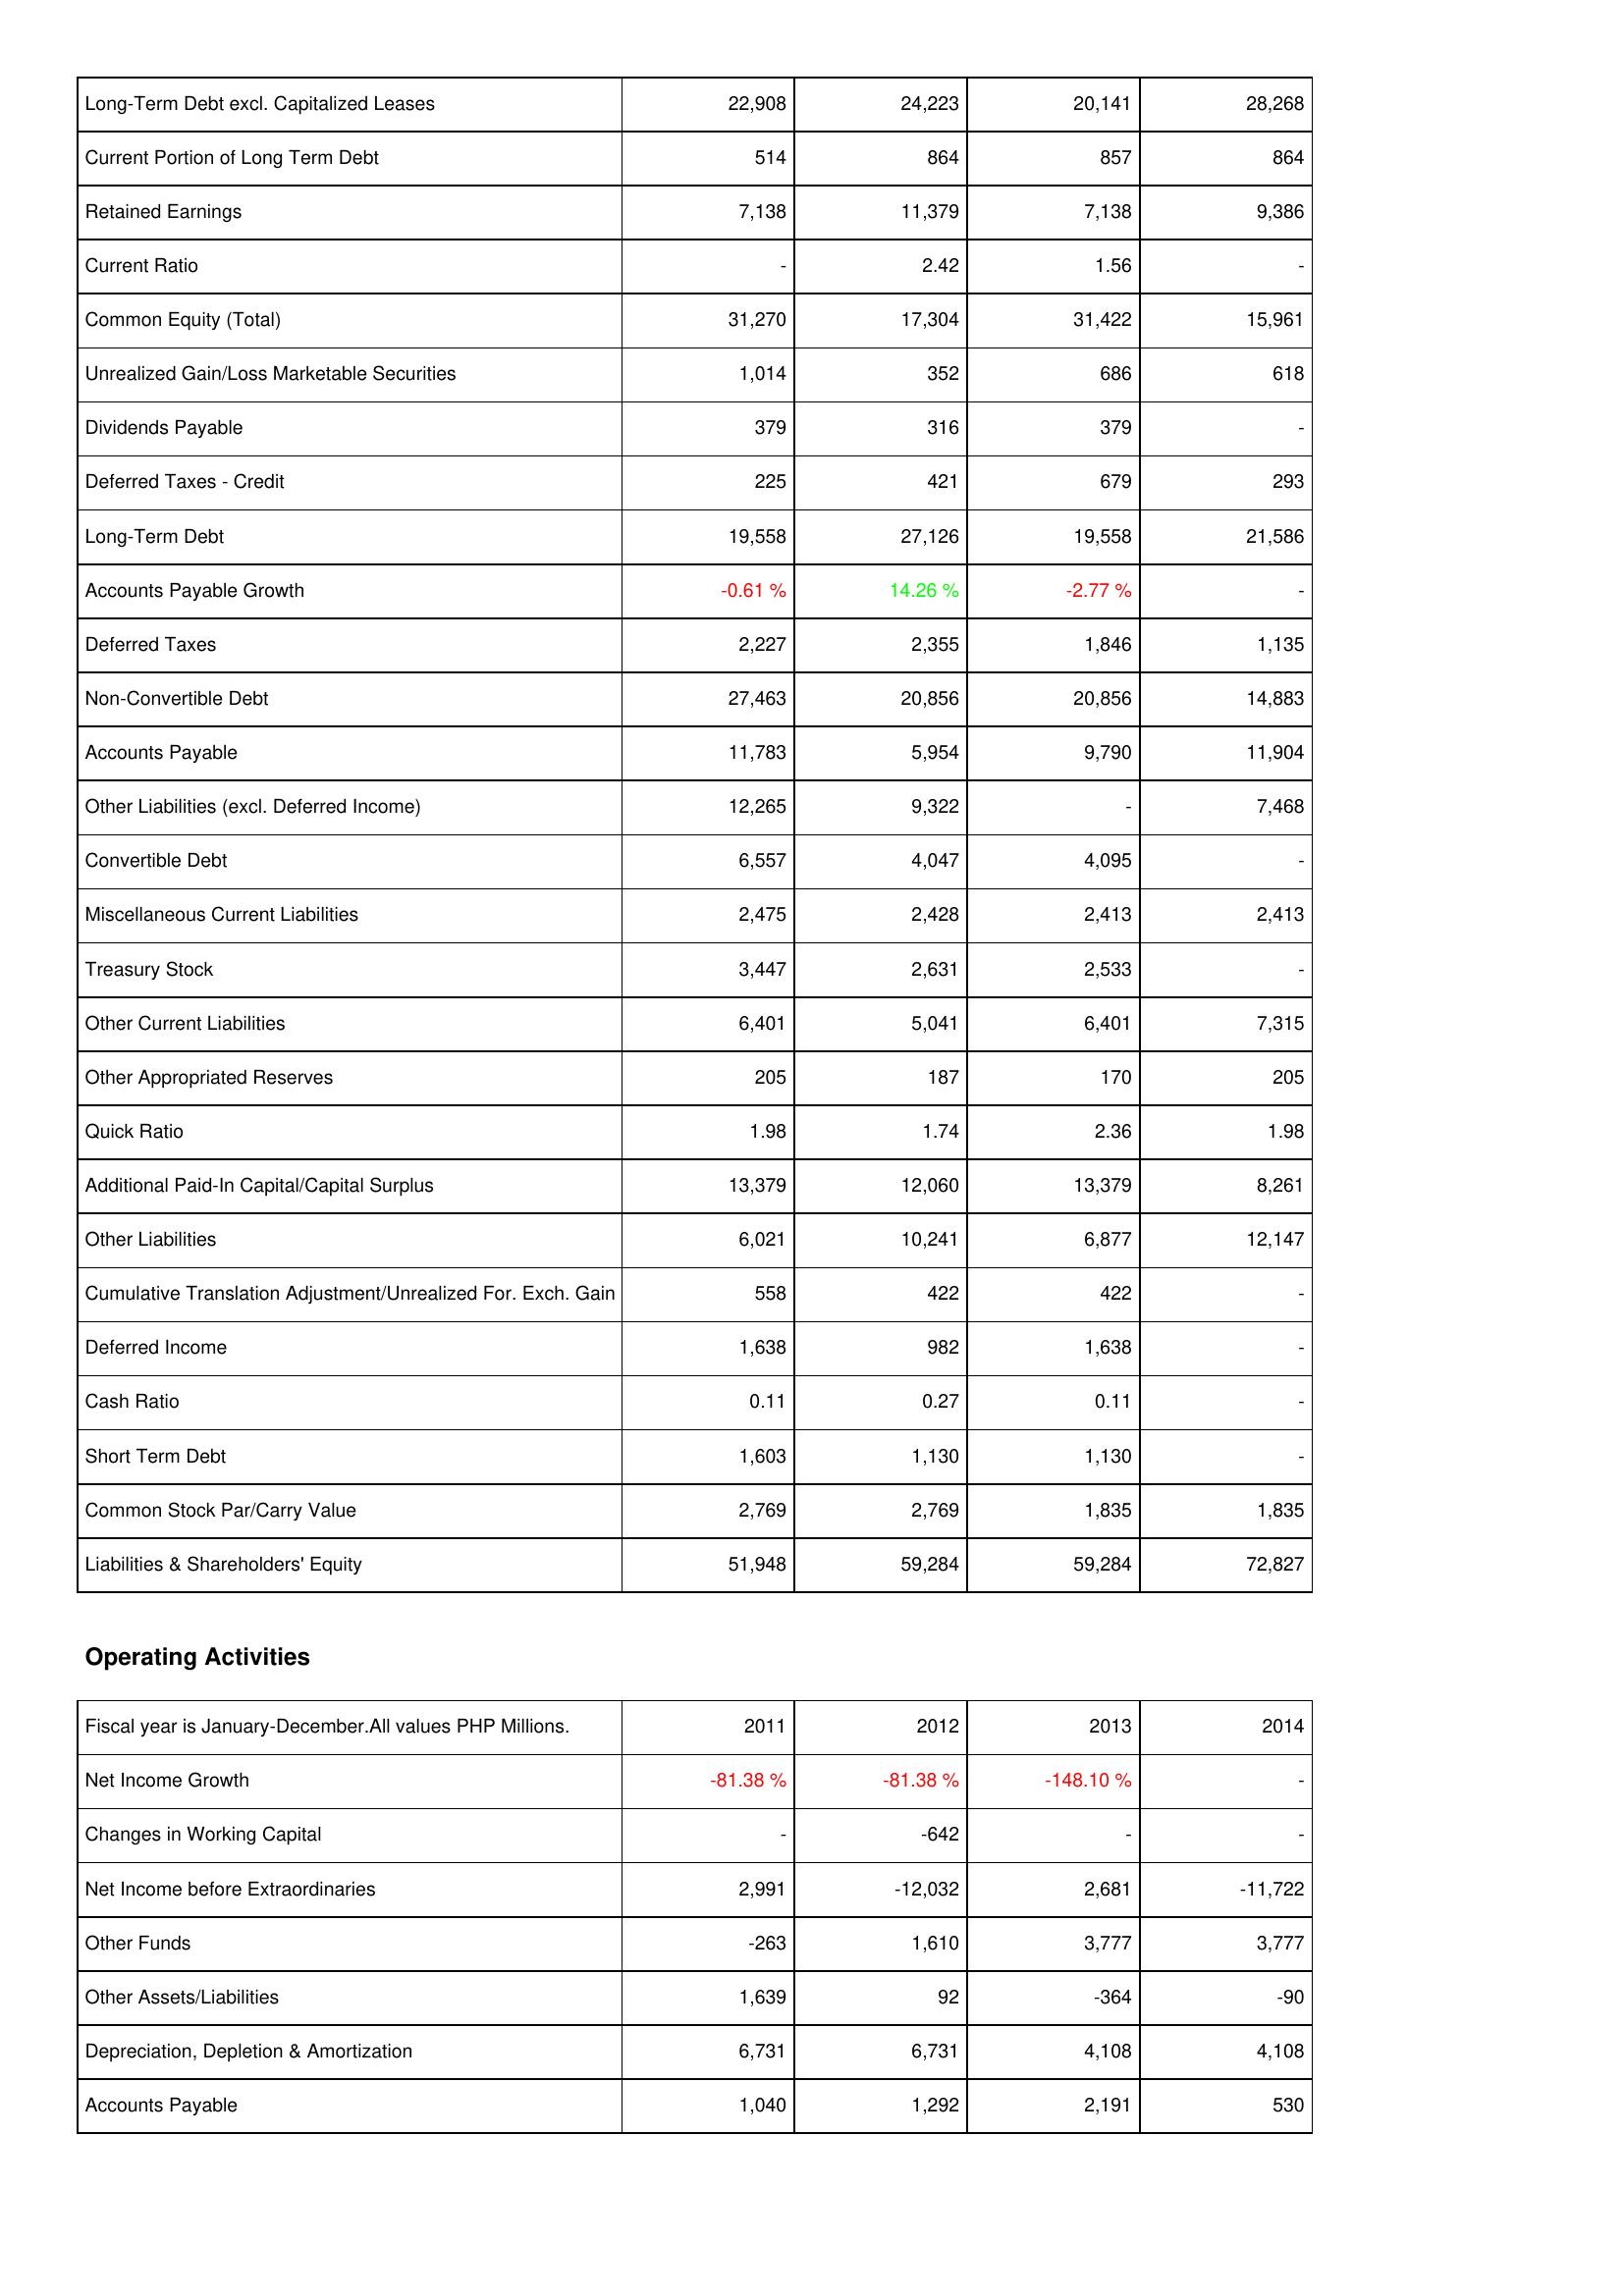
2011: Liabilities & Shareholders' Equity: Long-Term Debt excl. Capitalized Leases: 22,908
Current Portion of Long Term Debt: 514
Retained Earnings: 7,138
Current Ratio: -
Common Equity (Total): 31,270
Unrealized Gain/Loss Marketable Securities: 1,014
Dividends Payable: 379
Deferred Taxes - Credit: 225
Long-Term Debt: 19,558
Accounts Payable Growth: -0.61 %
Deferred Taxes: 2,227
Non-Convertible Debt: 27,463
Accounts Payable: 11,783
Other Liabilities (excl. Deferred Income): 12,265
Convertible Debt: 6,557
Miscellaneous Current Liabilities: 2,475
Treasury Stock: 3,447
Other Current Liabilities: 6,401
Other Appropriated Reserves: 205
Quick Ratio: 1.98
Additional Paid-In Capital/Capital Surplus: 13,379
Other Liabilities: 6,021
Cumulative Translation Adjustment/Unrealized For. Exch. Gain: 558
Deferred Income: 1,638
Cash Ratio: 0.11
Short Term Debt: 1,603
Common Stock Par/Carry Value: 2,769
Liabilities & Shareholders' Equity: 51,948
Operating Activities: Net Income Growth: -81.38 %
Changes in Working Capital: -
Net Income before Extraordinaries: 2,991
Other Funds: -263
Other Assets/Liabilities: 1,639
Depreciation, Depletion & Amortization: 6,731
Accounts Payable: 1,040
2012: Liabilities & Shareholders' Equity: Long-Term Debt excl. Capitalized Leases: 24,223
Current Portion of Long Term Debt: 864
Retained Earnings: 11,379
Current Ratio: 2.42
Common Equity (Total): 17,304
Unrealized Gain/Loss Marketable Securities: 352
Dividends Payable: 316
Deferred Taxes - Credit: 421
Long-Term Debt: 27,126
Accounts Payable Growth: 14.26 %
Deferred Taxes: 2,355
Non-Convertible Debt: 20,856
Accounts Payable: 5,954
Other Liabilities (excl. Deferred Income): 9,322
Convertible Debt: 4,047
Miscellaneous Current Liabilities: 2,428
Treasury Stock: 2,631
Other Current Liabilities: 5,041
Other Appropriated Reserves: 187
Quick Ratio: 1.74
Additional Paid-In Capital/Capital Surplus: 12,060
Other Liabilities: 10,241
Cumulative Translation Adjustment/Unrealized For. Exch. Gain: 422
Deferred Income: 982
Cash Ratio: 0.27
Short Term Debt: 1,130
Common Stock Par/Carry Value: 2,769
Liabilities & Shareholders' Equity: 59,284
Operating Activities: Net Income Growth: -81.38 %
Changes in Working Capital: -642
Net Income before Extraordinaries: -12,032
Other Funds: 1,610
Other Assets/Liabilities: 92
Depreciation, Depletion & Amortization: 6,731
Accounts Payable: 1,292
2013: Liabilities & Shareholders' Equity: Long-Term Debt excl. Capitalized Leases: 20,141
Current Portion of Long Term Debt: 857
Retained Earnings: 7,138
Current Ratio: 1.56
Common Equity (Total): 31,422
Unrealized Gain/Loss Marketable Securities: 686
Dividends Payable: 379
Deferred Taxes - Credit: 679
Long-Term Debt: 19,558
Accounts Payable Growth: -2.77 %
Deferred Taxes: 1,846
Non-Convertible Debt: 20,856
Accounts Payable: 9,790
Other Liabilities (excl. Deferred Income): -
Convertible Debt: 4,095
Miscellaneous Current Liabilities: 2,413
Treasury Stock: 2,533
Other Current Liabilities: 6,401
Other Appropriated Reserves: 170
Quick Ratio: 2.36
Additional Paid-In Capital/Capital Surplus: 13,379
Other Liabilities: 6,877
Cumulative Translation Adjustment/Unrealized For. Exch. Gain: 422
Deferred Income: 1,638
Cash Ratio: 0.11
Short Term Debt: 1,130
Common Stock Par/Carry Value: 1,835
Liabilities & Shareholders' Equity: 59,284
Operating Activities: Net Income Growth: -148.10 %
Changes in Working Capital: -
Net Income before Extraordinaries: 2,681
Other Funds: 3,777
Other Assets/Liabilities: -364
Depreciation, Depletion & Amortization: 4,108
Accounts Payable: 2,191
2014: Liabilities & Shareholders' Equity: Long-Term Debt excl. Capitalized Leases: 28,268
Current Portion of Long Term Debt: 864
Retained Earnings: 9,386
Current Ratio: -
Common Equity (Total): 15,961
Unrealized Gain/Loss Marketable Securities: 618
Dividends Payable: -
Deferred Taxes - Credit: 293
Long-Term Debt: 21,586
Accounts Payable Growth: -
Deferred Taxes: 1,135
Non-Convertible Debt: 14,883
Accounts Payable: 11,904
Other Liabilities (excl. Deferred Income): 7,468
Convertible Debt: -
Miscellaneous Current Liabilities: 2,413
Treasury Stock: -
Other Current Liabilities: 7,315
Other Appropriated Reserves: 205
Quick Ratio: 1.98
Additional Paid-In Capital/Capital Surplus: 8,261
Other Liabilities: 12,147
Cumulative Translation Adjustment/Unrealized For. Exch. Gain: -
Deferred Income: -
Cash Ratio: -
Short Term Debt: -
Common Stock Par/Carry Value: 1,835
Liabilities & Shareholders' Equity: 72,827
Operating Activities: Net Income Growth: -
Changes in Working Capital: -
Net Income before Extraordinaries: -11,722
Other Funds: 3,777
Other Assets/Liabilities: -90
Depreciation, Depletion & Amortization: 4,108
Accounts Payable: 530